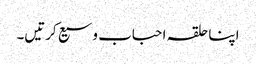
اپنا حلقہ احباب وسیع کرتیں۔